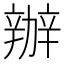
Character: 辦